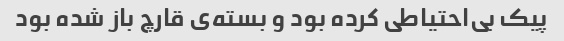
پیک بی‌احتیاطی کرده بود و بسته‌ی قارچ باز شده بود